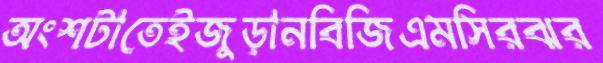
অংশটাতেইজুড়ানবিজিএমসিরঝর